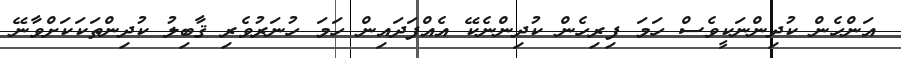
އަންހެން ކުދިންނަކީވެސް ހަމަ ފިރިހެން ކުދިންނެކޭ އެއްފަދައިން ހަމަ ހުނަރުވެރި ޤާބިލު ކުދިންތަކަކަށްވާނޭ